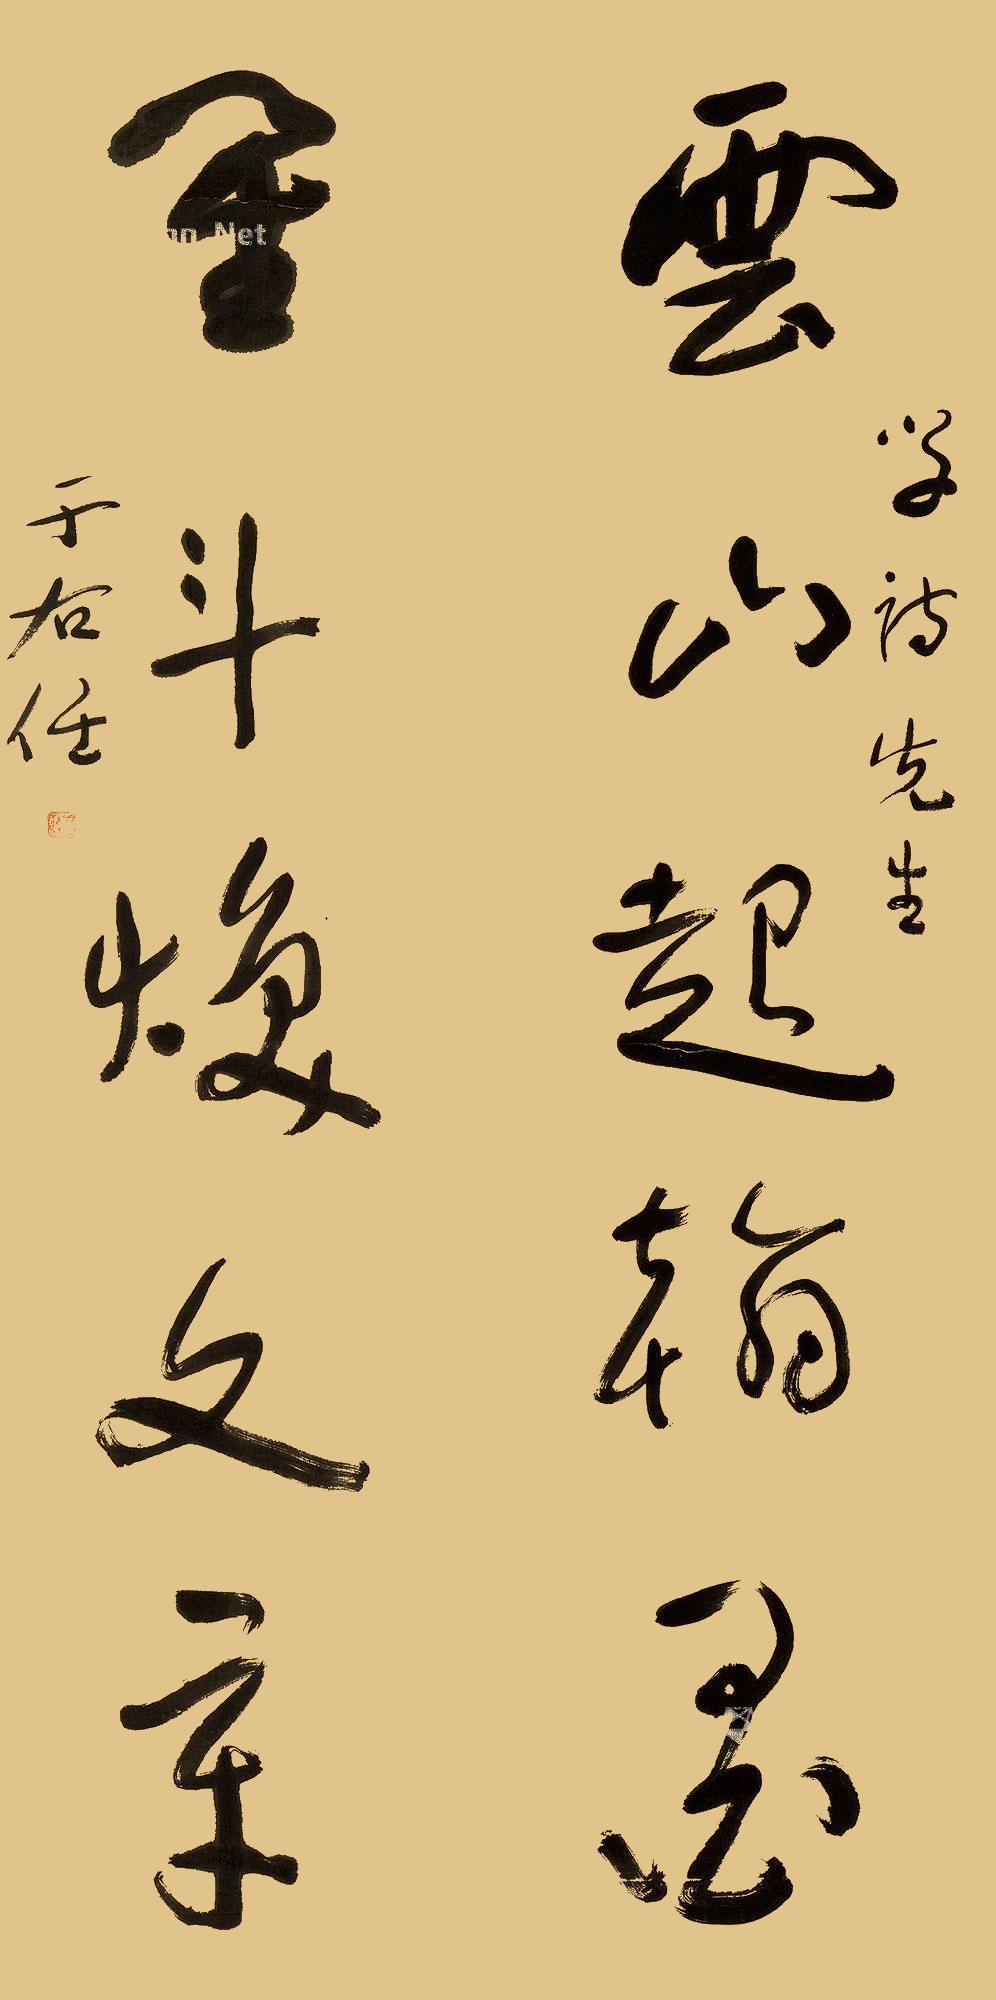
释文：云山起翰墨，星斗焕文章。学诗先生，于右任。